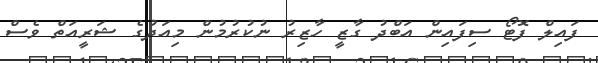
ފައިލް ފޮޓޯ ސިފައިން އަބްދު ގާޒީ ހާޒިރު ނުކުރުމުން މިއަދުގެ ޝަރީއަތް ވެސް